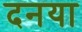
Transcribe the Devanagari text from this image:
दनया